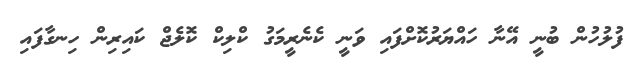
ފުލުހުން ބުނީ އޭނާ ހައްޔަރުކޮށްފައި ވަނީ ކެނެރީމަގު ކްލިކް ކޮލެޖް ކައިރިން ހިނގާފައި